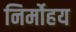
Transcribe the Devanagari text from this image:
निर्मोहय